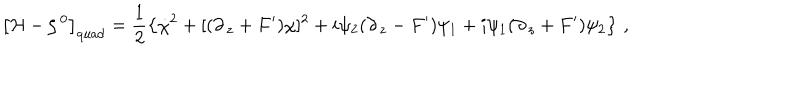
\left[ { \cal H } - \zeta ^ { \, 0 } \right] _ { \mathrm { q u a d } } = \frac { 1 } { 2 } \left\{ \dot { \chi } ^ { 2 } + [ ( \partial _ { \, z } + F ^ { \prime } ) \chi ] ^ { 2 } + i \psi _ { 2 } ( \partial _ { \, z } - F ^ { \prime } ) \psi _ { 1 } + i \psi _ { 1 } ( \partial _ { \, z } + F ^ { \prime } ) \psi _ { 2 } \right\} \, ,